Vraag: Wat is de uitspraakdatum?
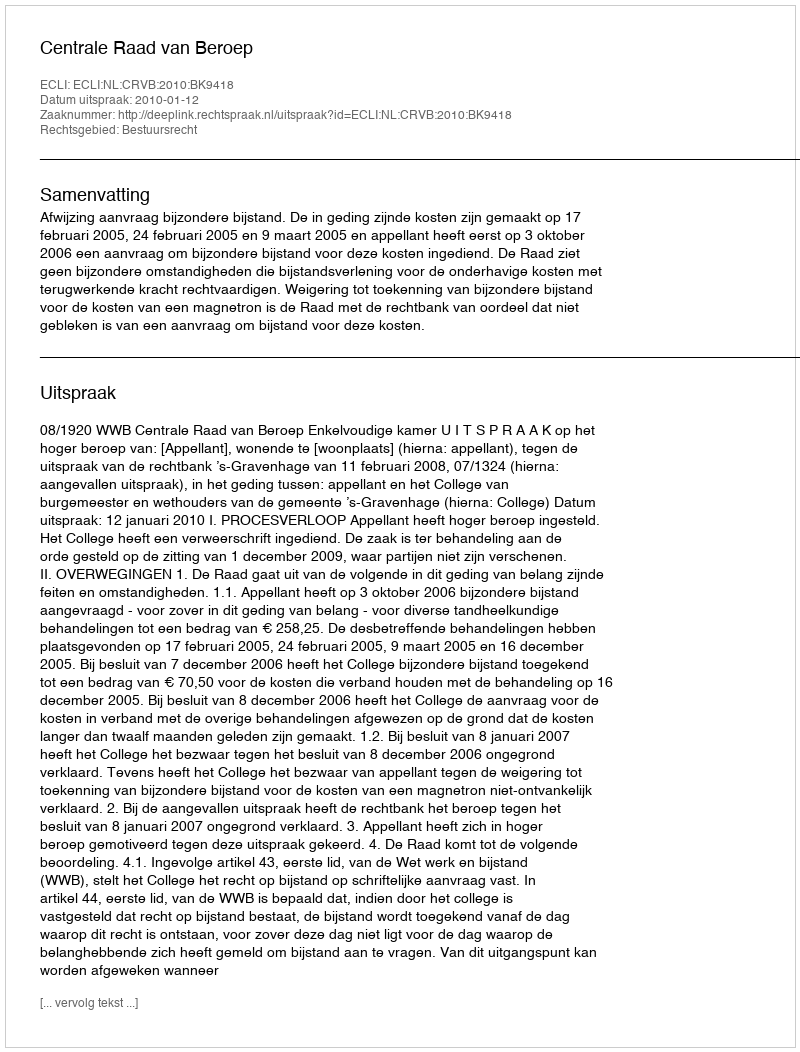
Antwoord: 2010-01-12